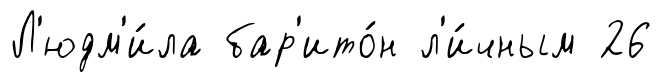
Л'юдм'и́ла бар'ито́н л'и́чным 26